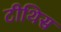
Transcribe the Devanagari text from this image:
टीथिस